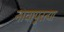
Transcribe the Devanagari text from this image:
नावापुरत्या